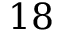
1 8